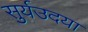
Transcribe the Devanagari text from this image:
सुर्यउदया